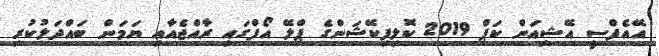
އޭއެފްސީ އޭޝިއަން ކަޕް 2019 ކޮލިފިކޭޝަންގެ ޕްލޭ އޯފްގައި ރާއްޖެއާއި ޔަމަން ބައްދަލުކުރި